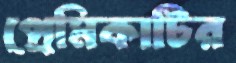
প্রেমিকাটির